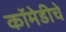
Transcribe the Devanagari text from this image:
कॉमेडीचे